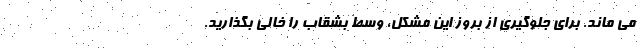
می ماند. برای جلوگیری از بروز این مشکل، وسط بشقاب را خالی بگذارید.